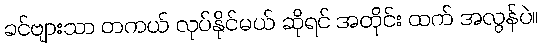
ခင်ဗျားသာ တကယ် လုပ်နိုင်မယ် ဆိုရင် အတိုင်း ထက် အလွန်ပဲ။